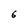
Character: 6